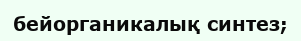
бейорганикалық синтез;